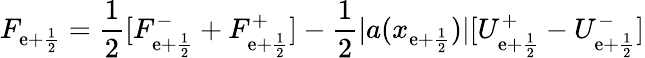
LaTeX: F_{\mathrm{e}+\frac{{1}}{{2}}}=\frac{{1}}{{2}}[F_{\mathrm{e}+\frac{{1}}{{2}}}^{-}+F_{\mathrm{e}+\frac{{1}}{{2}}}^{+}]-\frac{{1}}{{2}}|a(x_{\mathrm{e}+\frac{{1}}{{2}}})|[U_{\mathrm{e}+\frac{{1}}{{2}}}^{+}-U_{\mathrm{e}+\frac{{1}}{{2}}}^{-}]